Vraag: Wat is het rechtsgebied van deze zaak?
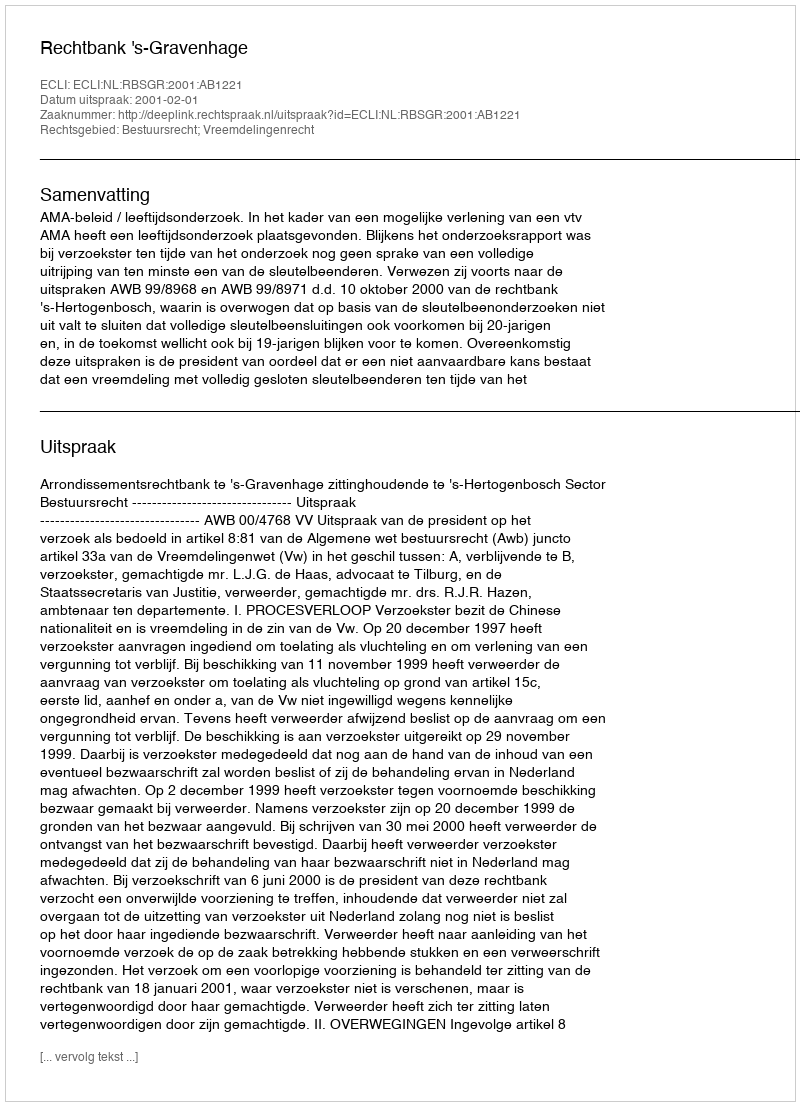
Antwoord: Bestuursrecht; Vreemdelingenrecht